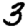
Digit: 3